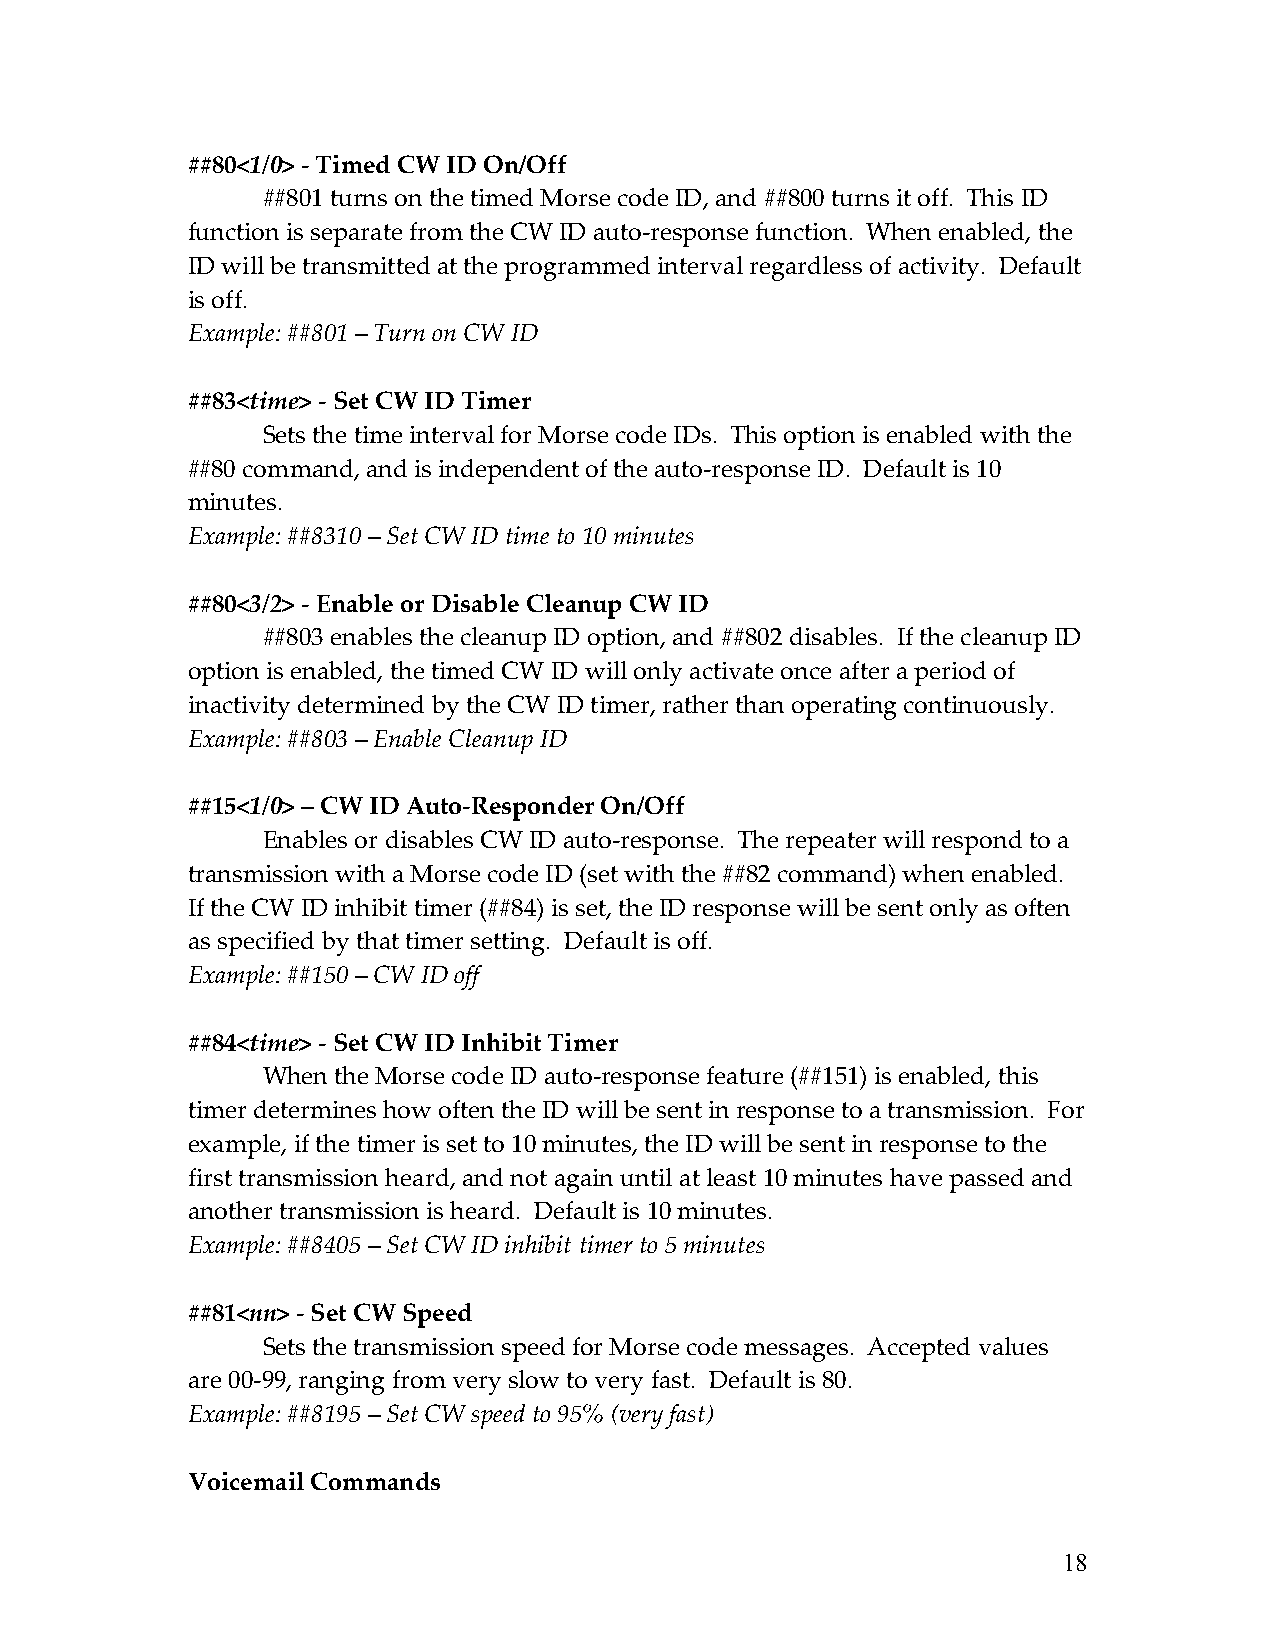
##80<1/0> - Timed CW ID On/Off
 ##801 turns on the timed Morse code ID, and ##800 turns it off. This ID
 function is separate from the CW ID auto-response function. When enabled, the
 ID will be transmitted at the programmed interval regardless of activity. Default
 is off.
 Example: ##801 – Turn on CW ID
 ##83<time> - Set CW ID Timer
 Sets the time interval for Morse code IDs. This option is enabled with the
 ##80 command, and is independent of the auto-response ID. Default is 10
 minutes.
 Example: ##8310 – Set CW ID time to 10 minutes
 ##80<3/2> - Enable or Disable Cleanup CW ID
 ##803 enables the cleanup ID option, and ##802 disables. If the cleanup ID
 option is enabled, the timed CW ID will only activate once after a period of
 inactivity determined by the CW ID timer, rather than operating continuously.
 Example: ##803 – Enable Cleanup ID
 ##15<1/0> – CW ID Auto-Responder On/Off
 Enables or disables CW ID auto-response. The repeater will respond to a
 transmission with a Morse code ID (set with the ##82 command) when enabled.
 If the CW ID inhibit timer (##84) is set, the ID response will be sent only as often
 as specified by that timer setting. Default is off.
 Example: ##150 – CW ID off
 ##84<time> - Set CW ID Inhibit Timer
 When the Morse code ID auto-response feature (##151) is enabled, this
 timer determines how often the ID will be sent in response to a transmission. For
 example, if the timer is set to 10 minutes, the ID will be sent in response to the
 first transmission heard, and not again until at least 10 minutes have passed and
 another transmission is heard. Default is 10 minutes.
 Example: ##8405 – Set CW ID inhibit timer to 5 minutes
 ##81<nn> - Set CW Speed
 Sets the transmission speed for Morse code messages. Accepted values
 are 00-99, ranging from very slow to very fast. Default is 80.
 Example: ##8195 – Set CW speed to 95% (very fast)
 Voicemail Commands
 18